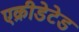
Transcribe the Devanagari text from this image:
एक्रीडेटेड